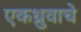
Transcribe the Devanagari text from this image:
एकध्रुवाचे